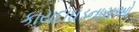
કાયદાઘડનારાઓ